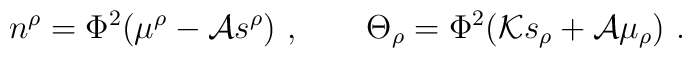
n^\rho=\Phi^2\big(\mu^\rho -{\cal A} s^\rho\big)\  ,\qquad   \Theta_\rho=\Phi^2\big( {\cal K}s_\rho + {\cal A} \mu_\rho\big) \ .